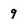
Character: 9